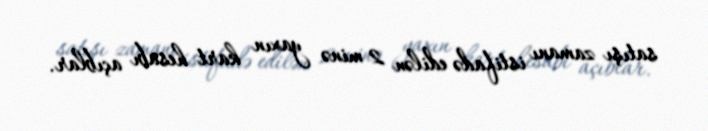
satışı zamanı istifadə edilən 2 minə yaxın kart hesabı açıblar.